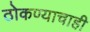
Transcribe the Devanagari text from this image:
ठोकण्याचाही